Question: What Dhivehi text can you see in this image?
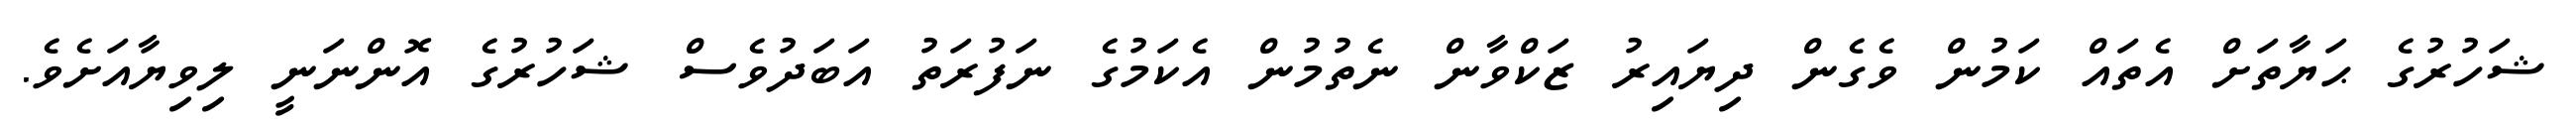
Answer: ޝަހުރުގެ ޙަޔާތަށް އެތައް ކަމުން ވެގެން ދިޔައިރު ޒަކްވާން ނެތުމުން އެކަމުގެ ނަފުރަތު އަބަދުވެސް ޝަހުރުގެ އޮންނަނީ ލިވިޔާއަށެވެ.